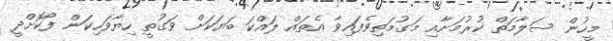
މީހުން ސަލާމަތް ކުރުމަށާއި މަގުމަތިވެފައިވާ އެތައް ލައްކަ ބަޔަކަށް ވަގުތީ ހިޔާވަހިކަން ފޯކޮށްދީ